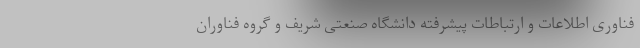
فناوری اطلاعات و ارتباطات پیشرفته دانشگاه صنعتی شریف و گروه فناوران